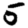
Digit: 5